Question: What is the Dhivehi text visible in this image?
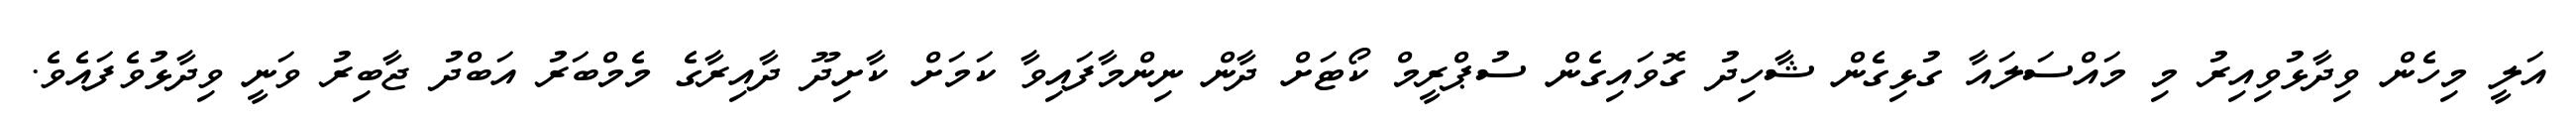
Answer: އަލީ މިހެން ވިދާޅުވިއިރު މި މައްސަލައާ ގުޅިގެން ޝާހިދު ގޮވައިގެން ސުޕްރީމް ކޯޓަށް ދާން ނިންމާފައިވާ ކަމަށް ކާށިދޫ ދާއިރާގެ މެމްބަރު އަބްދު ޖާބިރު ވަނީ ވިދާޅުވެފައެވެ.